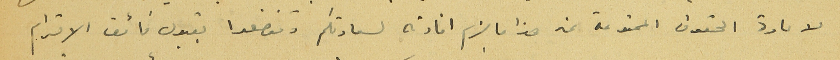
لاعادة الحقوق الممنوعة عنه هذا ما لزم افادته لسعادتكم وتفضلوا بقبول فائق الاحترام